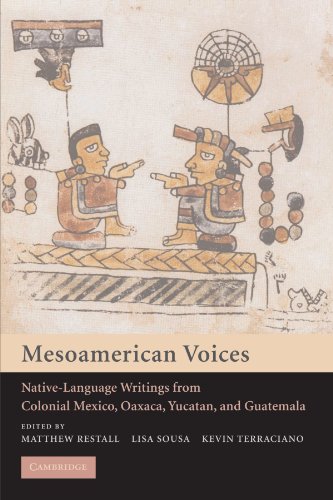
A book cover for Mesoamerican Voices: Native Language Writings from Colonial Mexico, Yucatan, and Guatemala; Literature & Fiction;